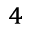
^ 4